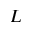
L